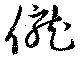
僦